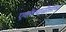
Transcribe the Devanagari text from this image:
एक्केचाळीसाव्या